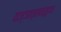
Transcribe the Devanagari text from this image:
यज्ञात्सवर्हुतऽ